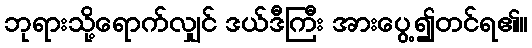
ဘုရားသို့ရောက်လျှင် ဒယ်ဒီကြီး အားပွေ့၍တင်ရ၏။